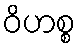
ဝိဟစ္စ